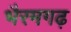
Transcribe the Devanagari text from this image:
भैरमगढ़